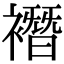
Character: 𧝆